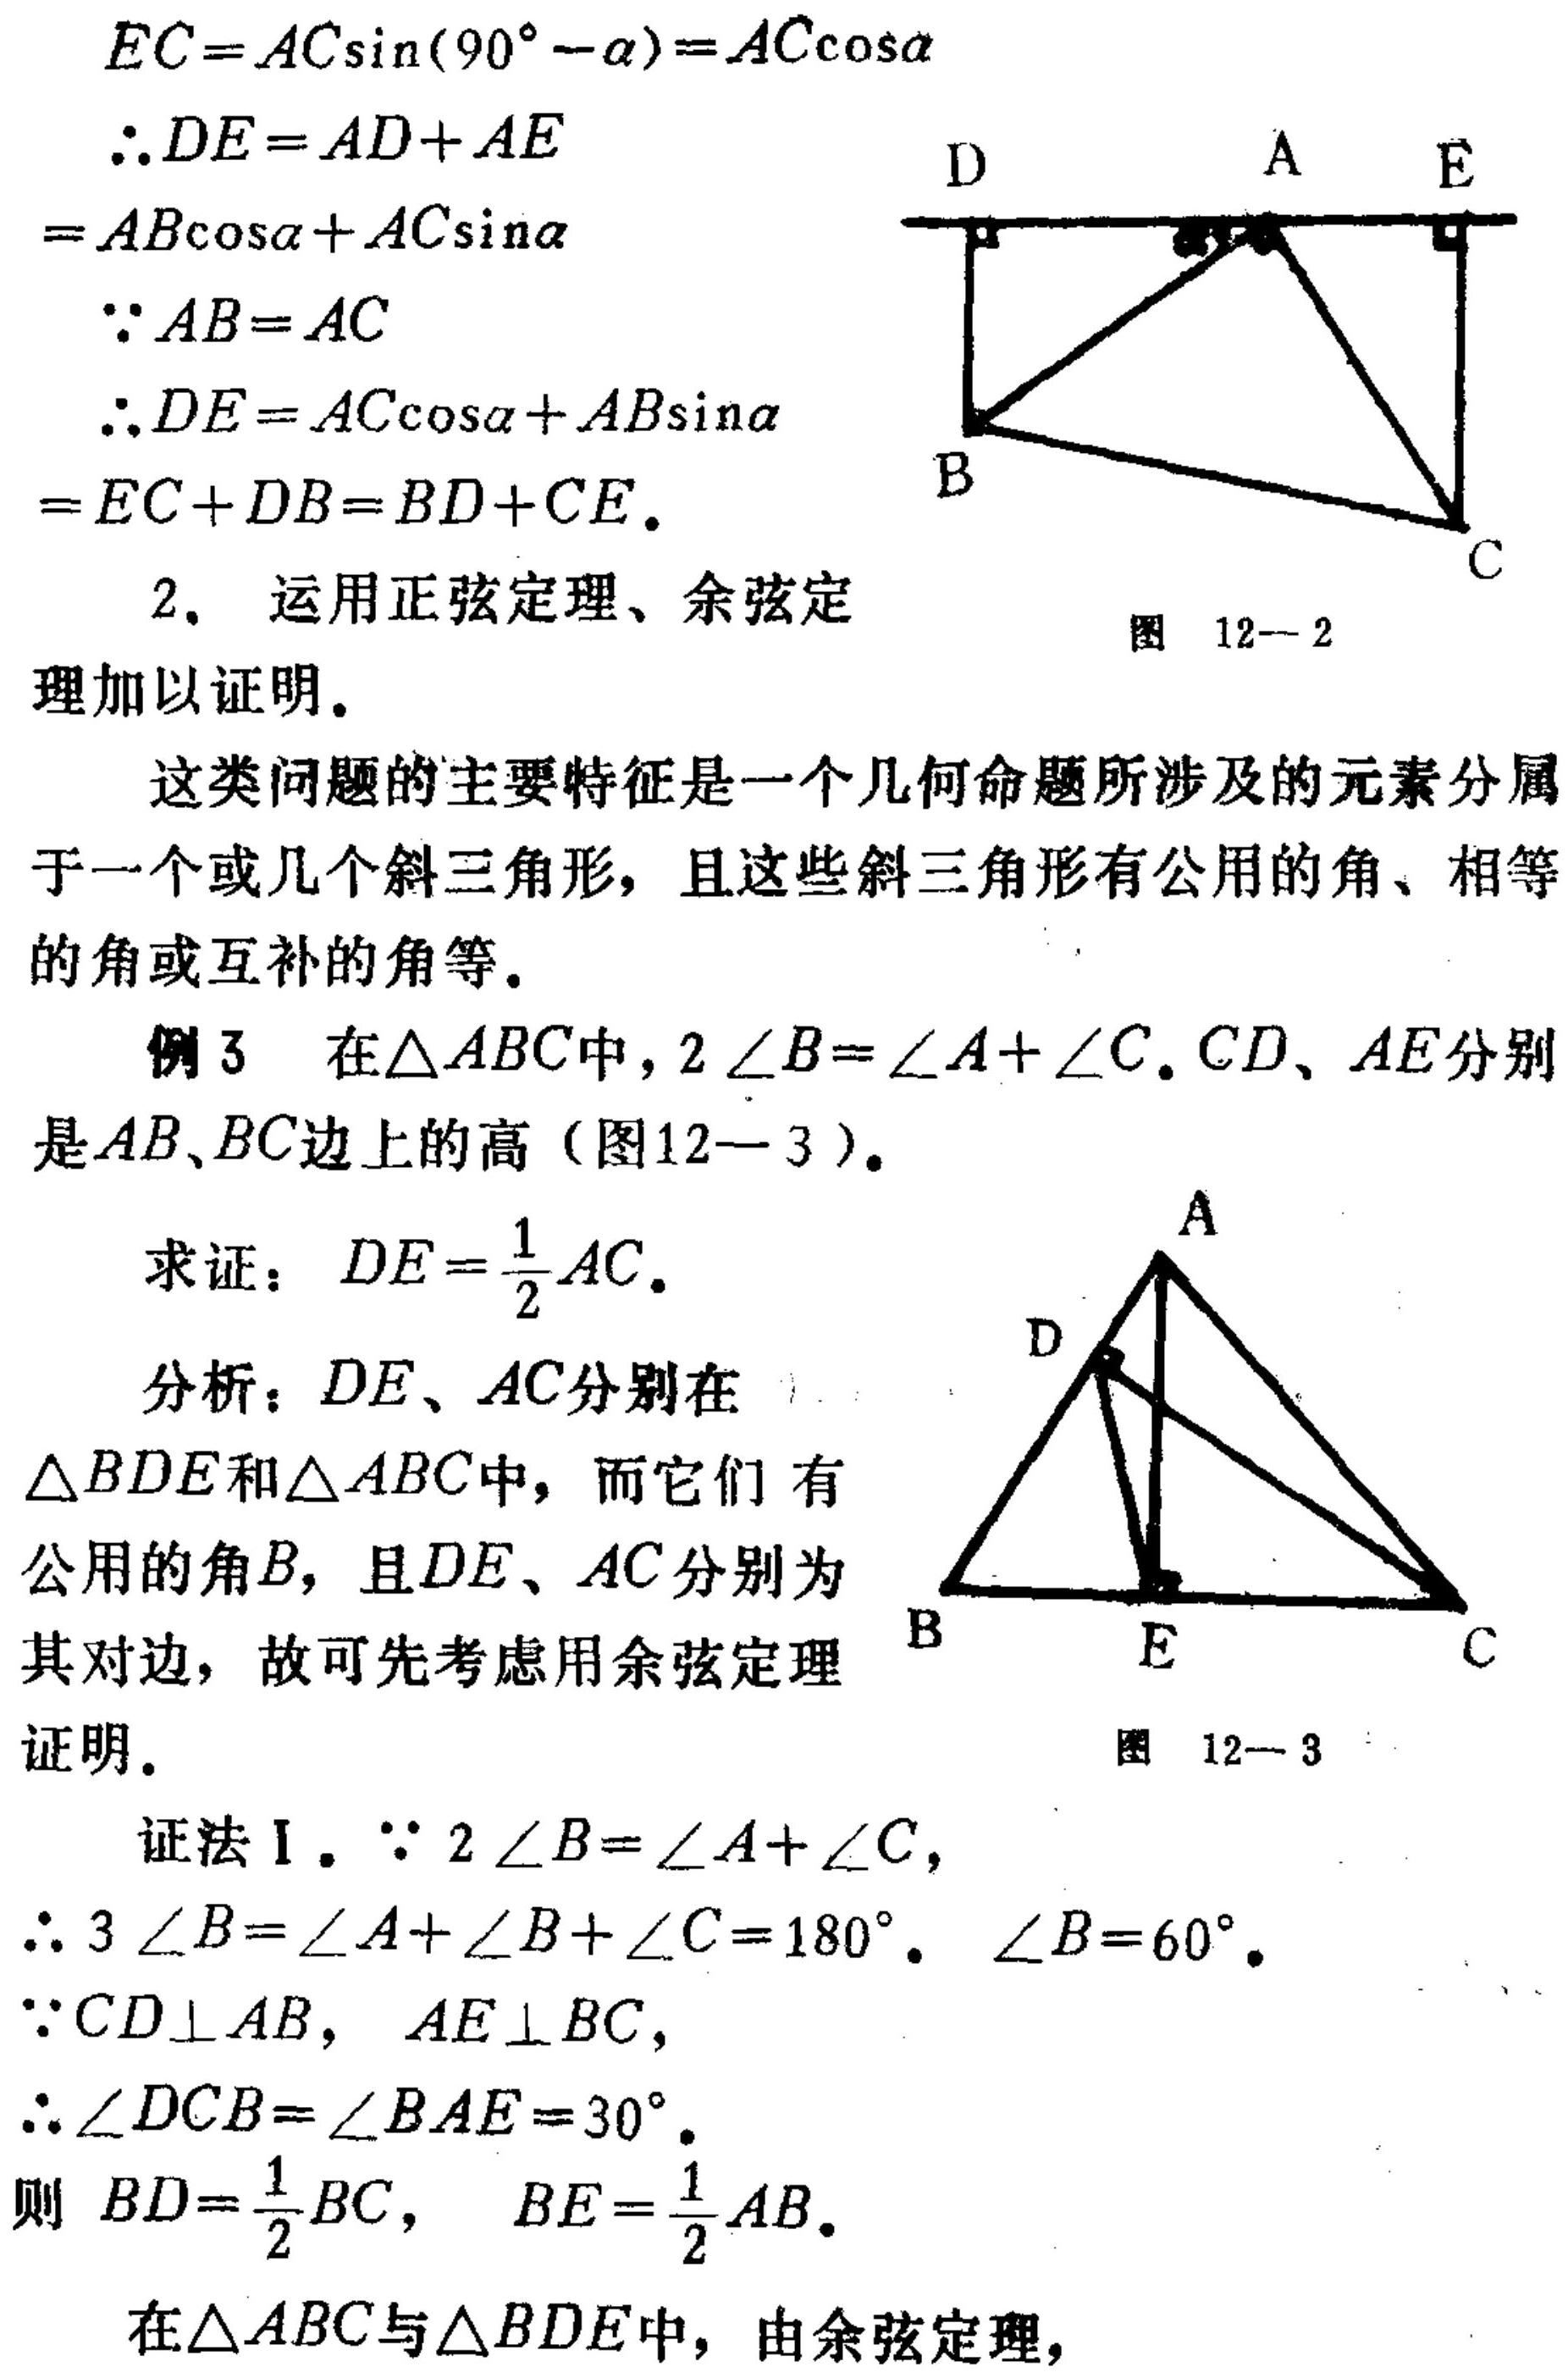
\[
\begin{align*}
EC&=AC\sin(90^{\circ}-\alpha)=AC\cos\alpha\\
\therefore DE&=AD + AE\\
&=AB\cos\alpha+AC\sin\alpha\\
\because AB&=AC\\
\therefore DE&=AC\cos\alpha+AB\sin\alpha\\
&=EC + DB=BD + CE.
\end{align*}
\]
2. 运用正弦定理、余弦定
理加以证明.

这类问题的主要特征是一个几何命题所涉及的元素分属
于一个或几个斜三角形，且这些斜三角形有公用的角、相等
的角或互补的角等.

例3 在\(\triangle ABC\)中，\(2\angle B=\angle A+\angle C\). \(CD\)、\(AE\)分别
是\(AB\)、\(BC\)边上的高（图12 - 3）.

求证：\(DE=\frac{1}{2}AC\).

分析：\(DE\)、\(AC\)分别在
\(\triangle BDE\)和\(\triangle ABC\)中，而它们 有
公用的角\(B\)，且\(DE\)、\(AC\)分别为
其对边，故可先考虑用余弦定理
证明.

证法Ⅰ. \(\because 2\angle B=\angle A+\angle C\)，
\(\therefore 3\angle B=\angle A+\angle B+\angle C = 180^{\circ}\). \(\angle B = 60^{\circ}\).
\(\because CD\perp AB\)，\(AE\perp BC\)，
\(\therefore\angle DCB=\angle BAE = 30^{\circ}\).
则 \(BD=\frac{1}{2}BC\)， \(BE=\frac{1}{2}AB\).

在\(\triangle ABC\)与\(\triangle BDE\)中，由余弦定理，